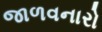
જાળવનારો